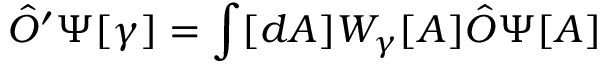
{ \hat { O } } ^ { \prime } \Psi [ \gamma ] = \int [ d A ] W _ { \gamma } [ A ] { \hat { O } } \Psi [ A ]